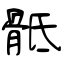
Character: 骶